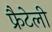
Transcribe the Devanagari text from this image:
फ्रैटेली